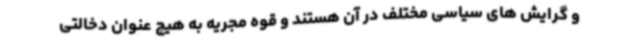
و گرایش های سیاسی مختلف در آن هستند و قوه مجریه به هیچ عنوان دخالتی